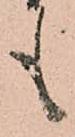
も